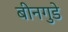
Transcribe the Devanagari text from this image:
बीनगुडे